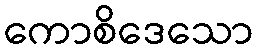
ကောစိဒေသော